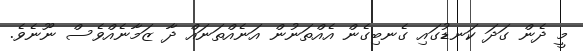
މީ ދެން ގަދަ ކަނޑުގައި ގެނބިގެން އެއްތަނުން އަނެއްތަނައް ދާ ޒަމާނެއްވެސް ނޫނެވެ.